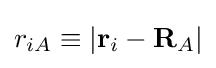
r_{iA}\equiv |\mathbf {r} _{i}-\mathbf {R} _{A}|